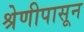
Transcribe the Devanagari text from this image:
श्रेणीपासून